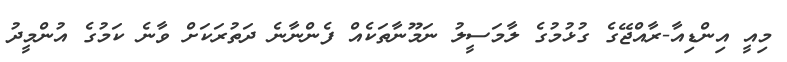
މިއީ އިންޑިއާ-ރާއްޖޭގެ ގުޅުމުގެ ލާމަސީލު ނަމޫނާތަކެއް ފެންނާނެ ދަތުރަކަށް ވާނެ ކަމުގެ އުންމީދު